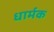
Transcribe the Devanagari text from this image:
धार्मक